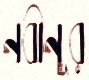
নবীনূর